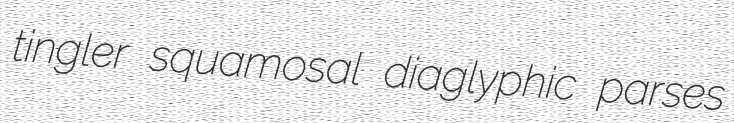
tingler squamosal diaglyphic parses